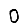
Digit: 0